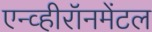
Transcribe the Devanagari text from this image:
एन्व्हीरॉनमेंटल